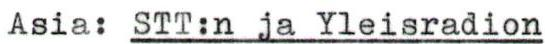
Asia: STT:n ja Yleisradion